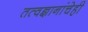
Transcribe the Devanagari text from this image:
तत्वज्ञानांचेही